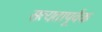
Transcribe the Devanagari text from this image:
सत्यतापूर्वक